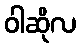
ဝါဆိုလ